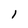
Character: 1